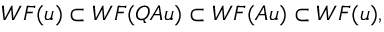
W F ( u ) \subset W F ( Q A u ) \subset W F ( A u ) \subset W F ( u ) ,